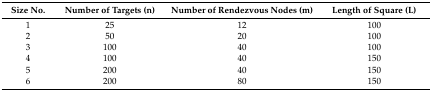
<table><thead><tr><td><b>Size No.</b></td><td><b>Number of Targets (n)</b></td><td><b>Number of Rendezvous Nodes (m)</b></td><td><b>Length of Square (L)</b></td></tr></thead><tbody><tr><td>1</td><td>25</td><td>12</td><td>100</td></tr><tr><td>2</td><td>50</td><td>20</td><td>100</td></tr><tr><td>3</td><td>100</td><td>40</td><td>100</td></tr><tr><td>4</td><td>100</td><td>40</td><td>150</td></tr><tr><td>5</td><td>200</td><td>40</td><td>150</td></tr><tr><td>6</td><td>200</td><td>80</td><td>150</td></tr></tbody></table>